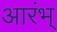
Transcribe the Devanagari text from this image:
आरंभ्